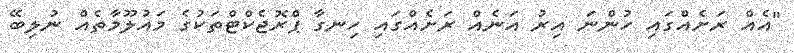
"އެއް ރަށެއްގައި ހުންނަ އިރު އަނެއް ރަށެއްގައި ހިނގާ ޕްރޮޖެކްޓްތަކުގެ މައުލޫމާތެއް ނުލިބޭ